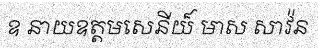
ឧ នាយឧត្តមសេនីយ៏ មាស សាវ៉ន